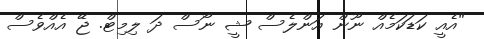
"އެއީ ކަޑަކަމެއް ނޫން އަންލެސް ޝީ ނޯސް ދަ ލިމިޓް. ޖޭ އެއްވެސް